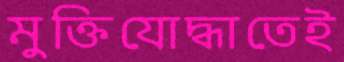
মুক্তিযোদ্ধাতেই